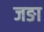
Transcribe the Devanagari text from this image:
जङा